Scottish Leaving Certificate Examination, 1953
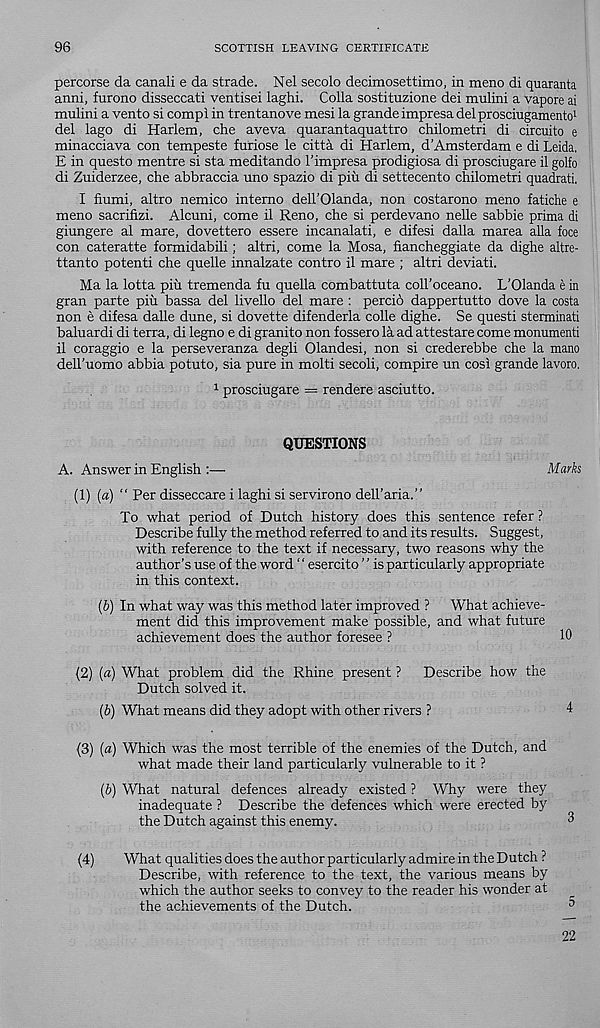
96
SCOTTISH LEAVING CERTIFICATE
percorse da canali e da strade. Nel secolo decimosettimo, in meno di quaranta
anni, furono disseccati ventisei laghi. Colla sostituzione dei mulini a vapore ai
mulini a vento si compi in trentanove mesi la grande impresa del prosciugamento 1
del lago di Harlem, die aveva quarantaquattro chilometri di circuito e
minacciava con tempeste furiose le citta di Harlem, d’Amsterdam e di Leida.
E in questo mentre si sta meditando I’impresa prodigiosa di prosciugare il golfo
di Zuiderzee, die abbraccia uno spazio di pin di settecento chilometri quadrati,
I fiumi, altro nemico interno dell’Olanda, non costarono meno fatiche e
meno sacrifizi. Alcuni, come il Reno, che si perdevano nelle sabbie prima di
giungere al mare, dovettero essere incanalati, e difesi dalla marea alia foce
con cateratte formidabili; altri, come la Mosa, fiandieggiate da dighe altre-
ttanto potent! die quelle innalzate contro il mare ; altri deviati.
Ma la lotta piii tremenda fu quella combattuta coll’oceano. L’Olanda e in
gran parte piu bassa del livello del mare : percid dappertutto dove la costa
non e difesa dalle dune, si dovette difenderla colle dighe. Se questi sterminati
baluardi di terra, di legno e di granito non fossero la ad attestare come monumenti
il coraggio e la perseveranza degli Olandesi, non si crederebbe die la mano
dell’uomo abbia potuto, sia pure in molti secoli, compire un cosi grande lavoro.
1 prosciugare = rendere asciutto.
QUESTIONS
A. Answer in English :—
Marks
(1) (a) “ Per disseccare i laghi si servirono deH’aria.”
To what period of Dutch history does this sentence refer ?
Describe fully the method referred to and its results. Suggest,
with reference to the text if necessary, two reasons why the
author’s use of the word 1 ‘ esercito ’ ’ is particularly appropriate
in this context.
(b) In what way was this method later improved ? What achieve-
ment did this improvement make possible, and what future
achievement does the author foresee ?
10
(2) («) What problem did the Rhine present ? Describe how the
Dutch solved it.
(b) What means did they adopt with other rivers ?
4
(3) (a) Which was the most terrible of the enemies of the Dutch, and
what made their land particularly vulnerable to it ?
(b) What natural defences already existed ? Why were they
inadequate ? Describe the defences which were erected by
the Dutch against this enemy.
3
(4)
What qualities does the author particularly admire in the Dutch ?
Describe, with reference to the text, the various means by
which the author seeks to convey to the reader his wonder at
the achievements of the Dutch.
5
22